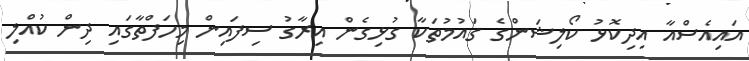
އައިއެސްއާ އިދިކޮޅު ކޯލިޝަންގެ ގައުމުތަކާ ގުޅިގެން އިރާގު ސިފައިން މިހަފްތާގައި ދިން ކުއްލި